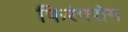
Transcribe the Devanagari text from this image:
फिरंगरोग